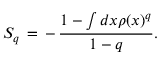
S _ { q } \, = \, - \, \frac { 1 - \int d x \rho ( x ) ^ { q } } { 1 - q } .